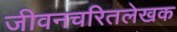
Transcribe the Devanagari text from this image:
जीवनचरितलेखक